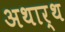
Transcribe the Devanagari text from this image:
अथार्थ